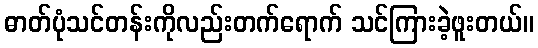
ဓာတ်ပုံသင်တန်းကိုလည်းတက်ရောက် သင်ကြားခဲ့ဖူးတယ်။